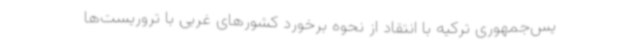
یس‌جمهوری ترکیه با انتقاد از نحوه برخورد کشورهای غربی با تروریست‌ها